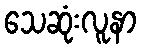
သေဆုံးလူနာ